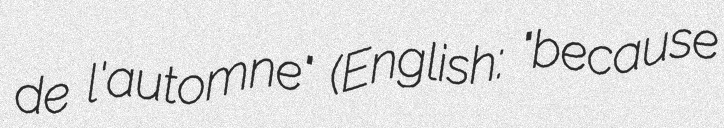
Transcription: de l'automne" (English: "because